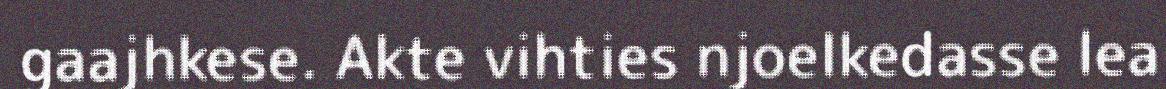
gaajhkese. Akte vihties njoelkedasse lea